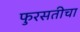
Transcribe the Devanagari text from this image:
फुरसतीचा